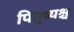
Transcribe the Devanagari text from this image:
पितृव्यश्च